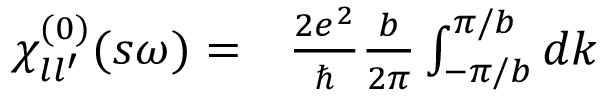
\begin{array} { r l } { \chi _ { l l ^ { \prime } } ^ { ( 0 ) } ( s \omega ) = } & { { } \frac { 2 e ^ { 2 } } { \hbar } \frac { b } { 2 \pi } \int _ { - \pi / b } ^ { \pi / b } d k } \end{array}